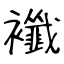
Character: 襳